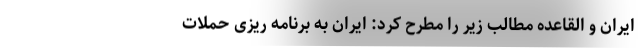
ایران و القاعده مطالب زیر را مطرح کرد: ایران به برنامه ریزی حملات